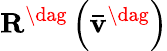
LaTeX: {{{\mathbf{R}}^{\dag}}\left({{{{\mathbf{\bar{v}}}}^{\dag}}}\right)}